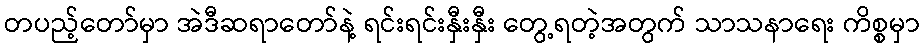
တပည့်တော်မှာ အဲဒီဆရာတော်နဲ့ ရင်းရင်းနှီးနှီး တွေ့ရတဲ့အတွက် သာသနာရေး ကိစ္စမှာ